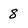
Character: 8